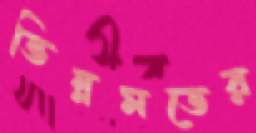
ভিন্নমতের